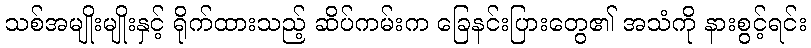
သစ်အမျိုးမျိုးနှင့် ရိုက်ထားသည့် ဆိပ်ကမ်းက ခြေနင်းပြားတွေ၏ အသံကို နားစွင့်ရင်း